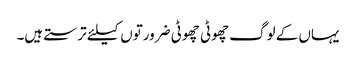
یہاں کے لوگ چھوٹی چھوٹی ضرورتوں کیلئے ترستے ہیں۔